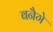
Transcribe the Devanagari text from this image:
बनैगे